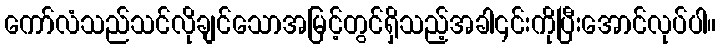
ကော်လံသည်သင်လိုချင်သောအမြင့်တွင်ရှိသည့်အခါ၎င်းကိုပြီးအောင်လုပ်ပါ။